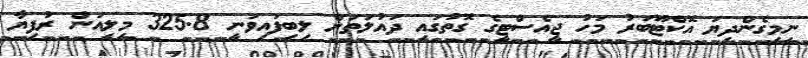
ނިމިގެންދިޔަ އޮކްޓޫބަރު މަހު ޖީއެސްޓީގެ ގޮތުގައި ދައުލަތަށް ލިބިފައިވަނީ 325.8 މިލިއަން ރުފިޔާ